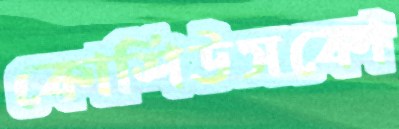
কোশিউসকো